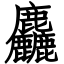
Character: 麤